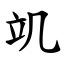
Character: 竌